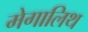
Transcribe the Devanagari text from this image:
मेगालिथ